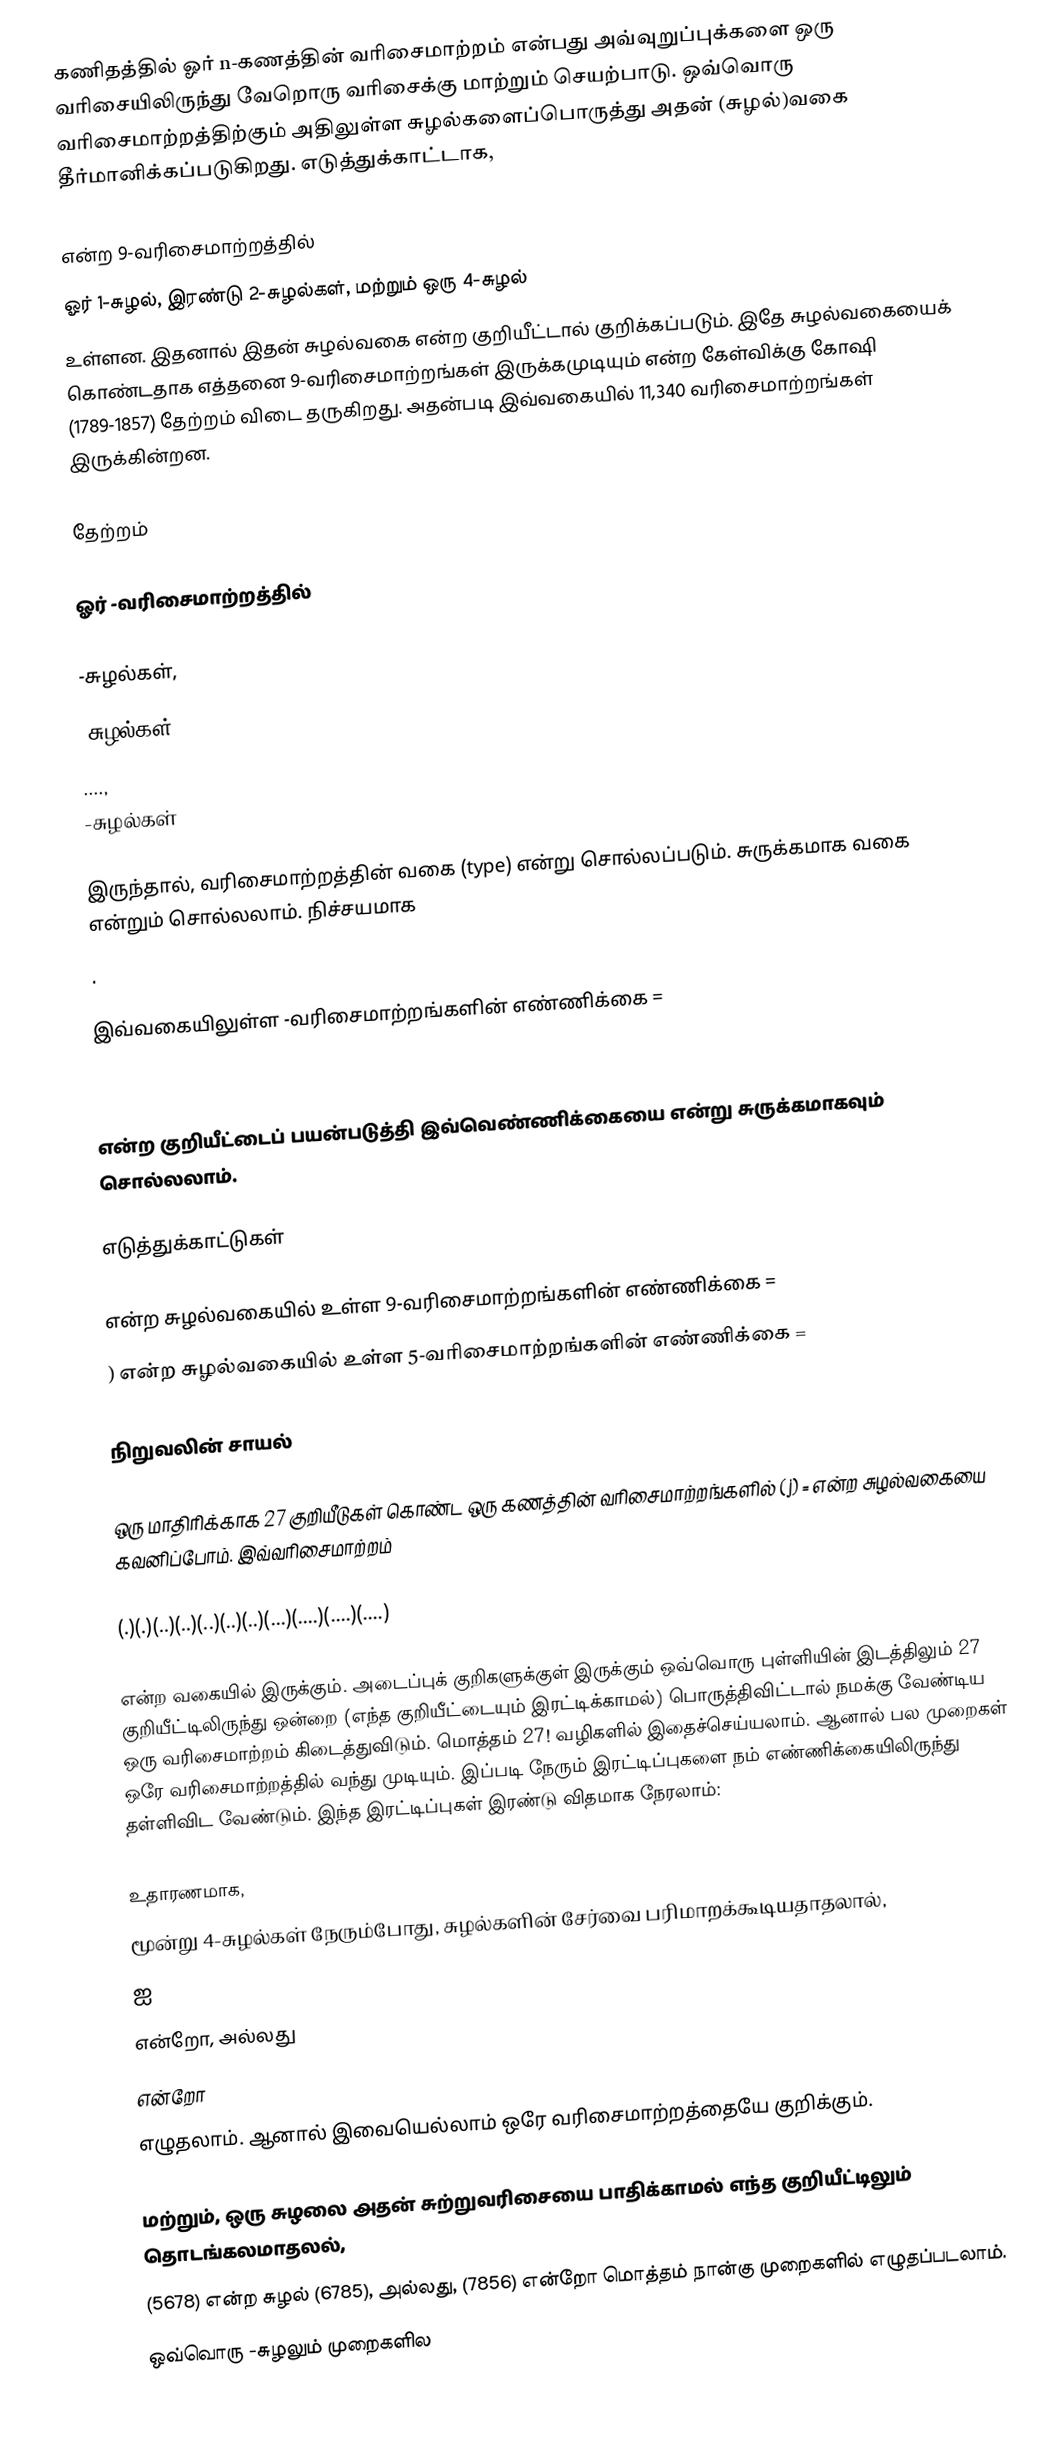
கணிதத்தில் ஓர் n-கணத்தின் வரிசைமாற்றம் என்பது அவ்வுறுப்புக்களை ஒரு வரிசையிலிருந்து வேறொரு வரிசைக்கு மாற்றும் செயற்பாடு. ஒவ்வொரு வரிசைமாற்றத்திற்கும் அதிலுள்ள சுழல்களைப்பொருத்து அதன் (சுழல்)வகை தீர்மானிக்கப்படுகிறது. எடுத்துக்காட்டாக,

என்ற 9-வரிசைமாற்றத்தில்
 ஓர் 1-சுழல், இரண்டு 2-சுழல்கள், மற்றும் ஒரு 4-சுழல்
உள்ளன. இதனால் இதன் சுழல்வகை   என்ற குறியீட்டால் குறிக்கப்படும். இதே சுழல்வகையைக் கொண்டதாக எத்தனை 9-வரிசைமாற்றங்கள் இருக்கமுடியும்   என்ற கேள்விக்கு கோஷி (1789-1857) தேற்றம் விடை தருகிறது. அதன்படி இவ்வகையில் 11,340 வரிசைமாற்றங்கள் இருக்கின்றன.

தேற்றம்

ஓர் -வரிசைமாற்றத்தில்

 -சுழல்கள்,
-சுழல்கள்,
....,
-சுழல்கள்

இருந்தால், வரிசைமாற்றத்தின் வகை (type)  என்று சொல்லப்படும். சுருக்கமாக வகை  என்றும் சொல்லலாம்.  நிச்சயமாக
.

இவ்வகையிலுள்ள -வரிசைமாற்றங்களின் எண்ணிக்கை =

என்ற குறியீட்டைப் பயன்படுத்தி இவ்வெண்ணிக்கையை   என்று சுருக்கமாகவும் சொல்லலாம்.

எடுத்துக்காட்டுகள்

  என்ற சுழல்வகையில் உள்ள 9-வரிசைமாற்றங்களின் எண்ணிக்கை =
 ) என்ற சுழல்வகையில் உள்ள 5-வரிசைமாற்றங்களின் எண்ணிக்கை =

நிறுவலின் சாயல்

ஒரு மாதிரிக்காக 27 குறியீடுகள் கொண்ட ஒரு கணத்தின் வரிசைமாற்றங்களில்  (j) =  என்ற சுழல்வகையை கவனிப்போம். இவ்வரிசைமாற்றம்

(.)(.)(..)(..)(..)(..)(..)(...)(....)(....)(....)

என்ற வகையில் இருக்கும்.  அடைப்புக் குறிகளுக்குள் இருக்கும் ஒவ்வொரு புள்ளியின் இடத்திலும் 27 குறியீட்டிலிருந்து ஒன்றை (எந்த குறியீட்டையும் இரட்டிக்காமல்) பொருத்திவிட்டால் நமக்கு வேண்டிய ஒரு வரிசைமாற்றம் கிடைத்துவிடும். மொத்தம் 27! வழிகளில் இதைச்செய்யலாம். ஆனால் பல முறைகள் ஒரே வரிசைமாற்றத்தில் வந்து முடியும். இப்படி நேரும் இரட்டிப்புகளை நம் எண்ணிக்கையிலிருந்து தள்ளிவிட வேண்டும். இந்த இரட்டிப்புகள் இரண்டு விதமாக நேரலாம்:

 உதாரணமாக,
 மூன்று 4-சுழல்கள் நேரும்போது, சுழல்களின் சேர்வை பரிமாறக்கூடியதாதலால்,
  ஐ
  என்றோ, அல்லது
  என்றோ
எழுதலாம். ஆனால் இவையெல்லாம் ஒரே வரிசைமாற்றத்தையே குறிக்கும்.

 மற்றும், ஒரு சுழலை அதன் சுற்றுவரிசையை பாதிக்காமல் எந்த குறியீட்டிலும் தொடங்கலமாதலல்,
  (5678) என்ற சுழல் (6785), அல்லது, (7856) என்றோ மொத்தம் நான்கு முறைகளில் எழுதப்படலாம்.
 ஒவ்வொரு -சுழலும்  முறைகளில